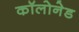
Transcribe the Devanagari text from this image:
कॉलोनेड